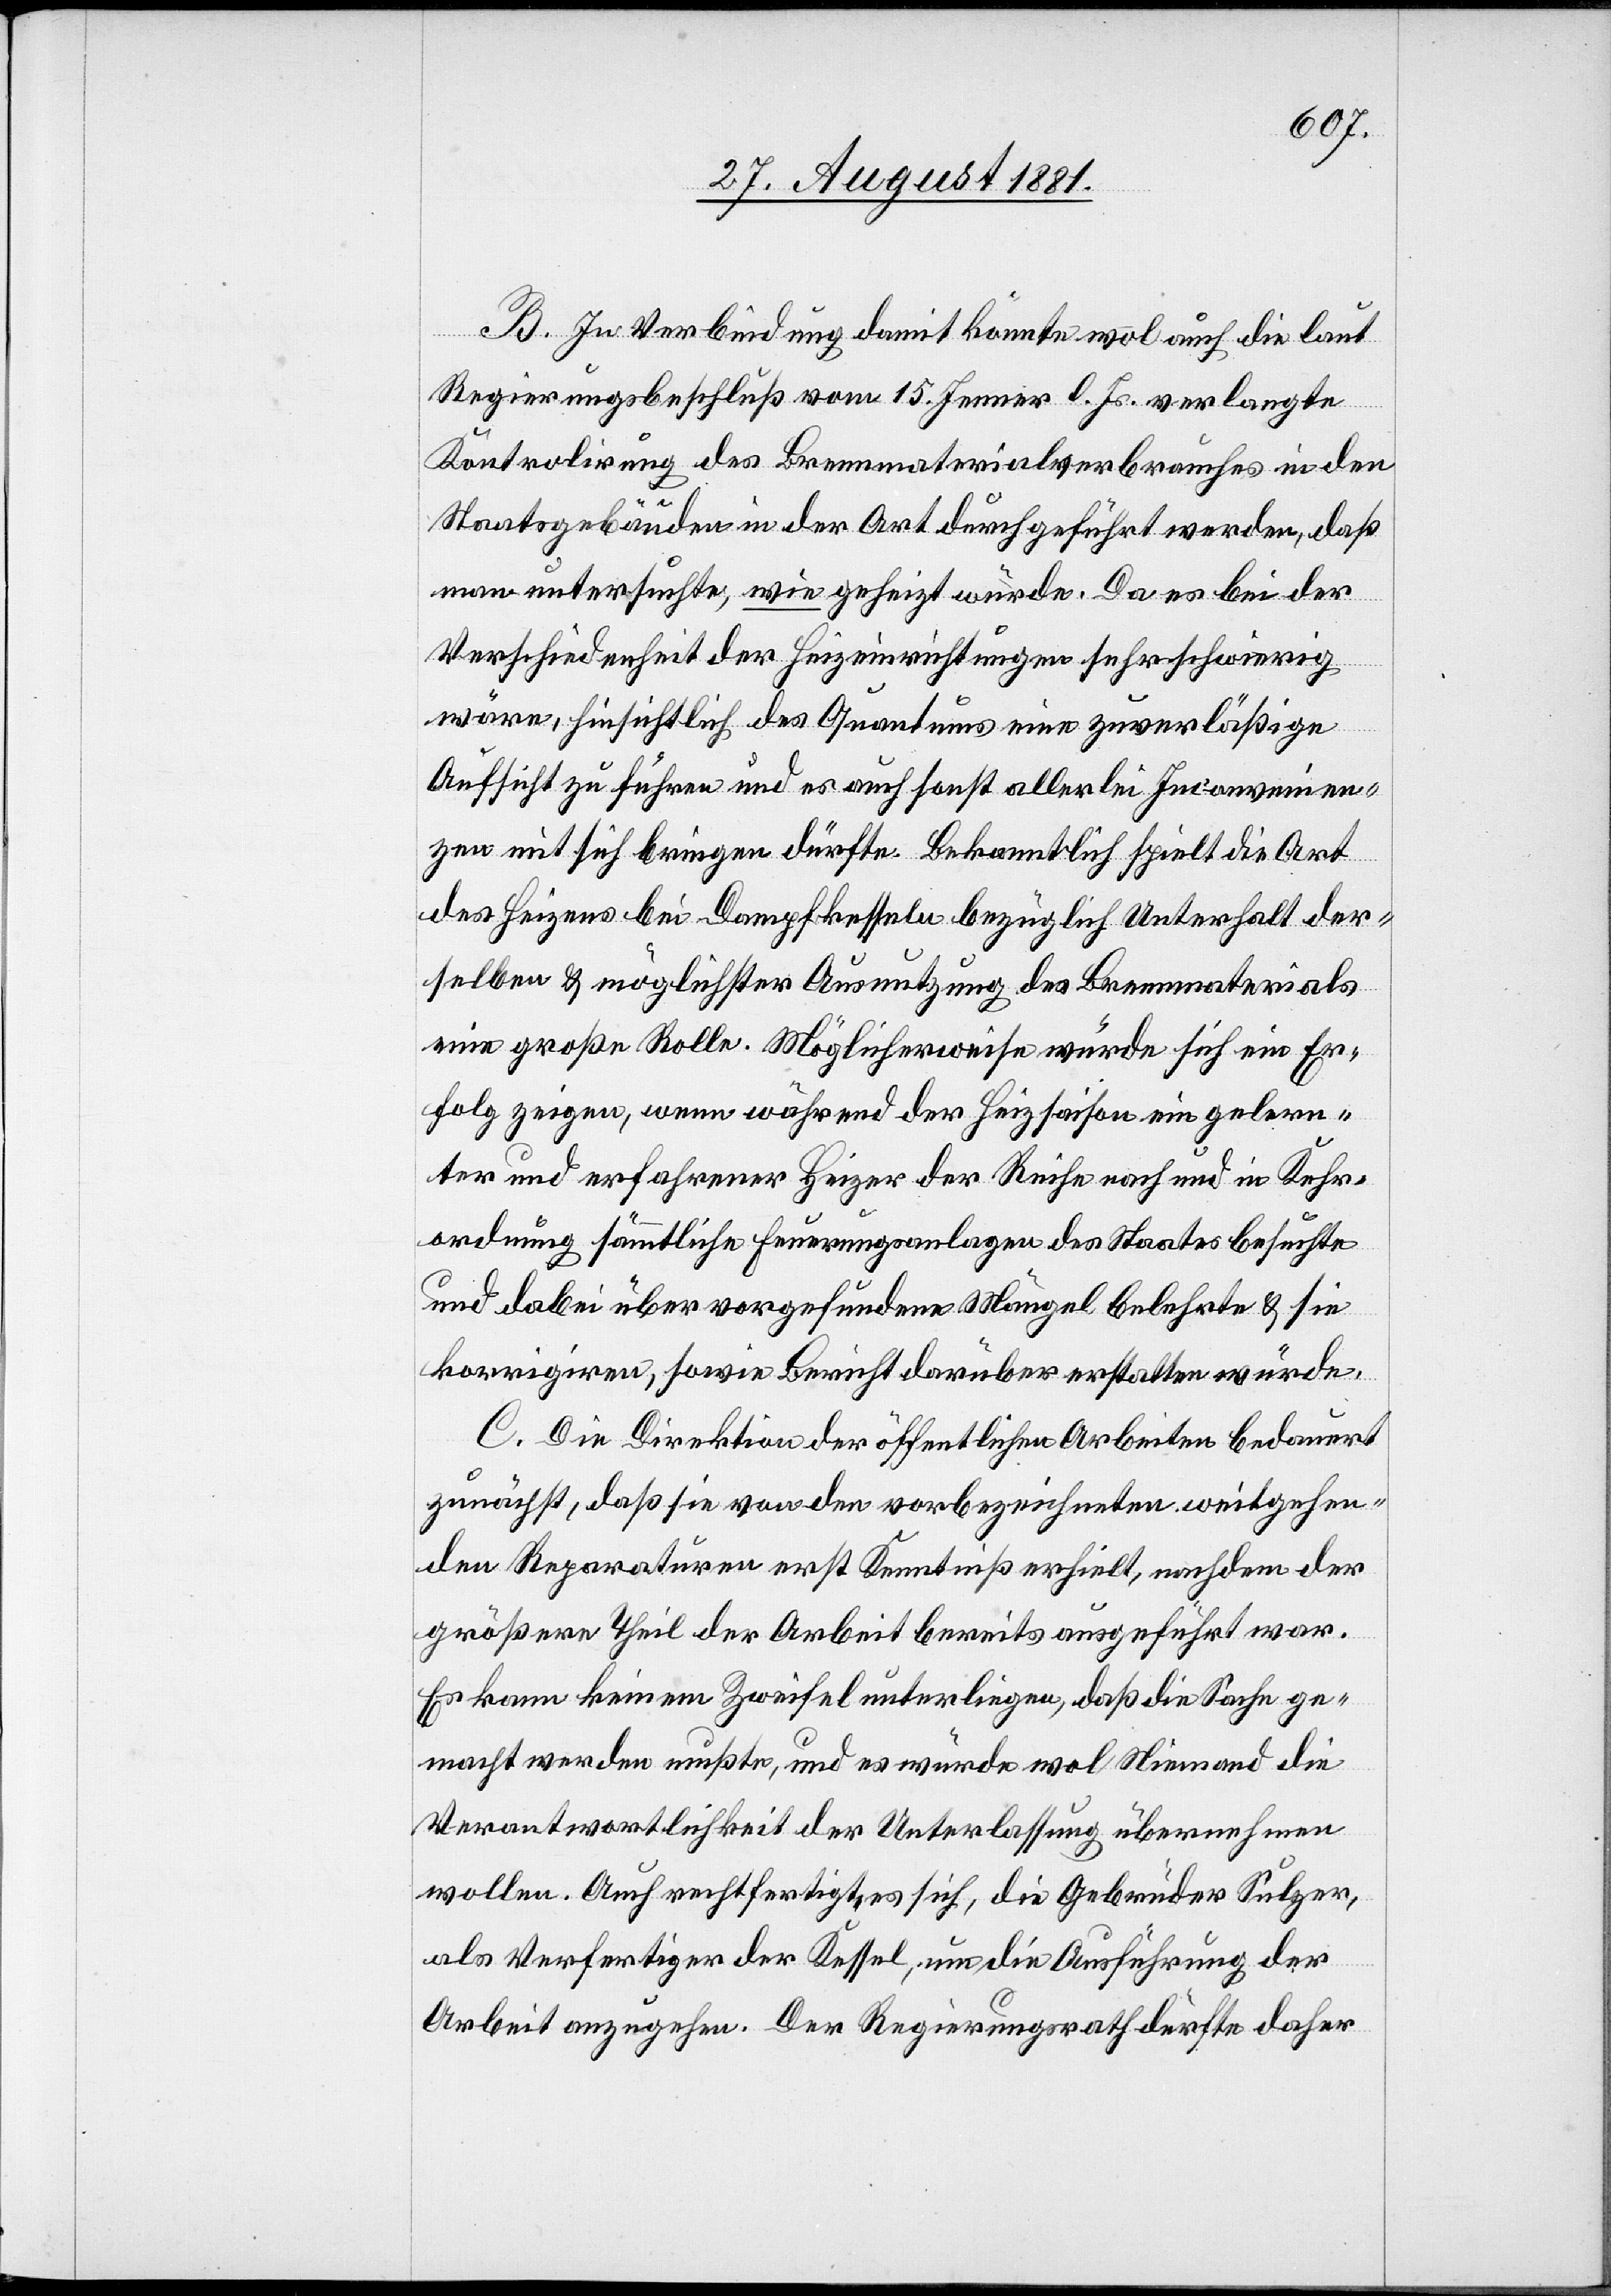
B. In Verbindung damit könnte wol auch die laut
Regierungsbeschluß vom 15. Jenner l. Js. verlangte
Kontrolirung des Brennmaterialverbrauches in den
Staatsgebäuden in der Art durchgeführt werden, daß
man untersuchte, wie geheizt würde. Da es bei der
Verschiedenheit der Heizeinrichtungen sehr schwierig
wäre, hinsichtlich des Quantums eine zuverläßige
Aufsicht zu führen und es auch sonst allerlei Inconvenien¬
zen mit sich bringen dürfte. Bekanntlich spielt die Art
des Heizens bei Dampfkesseln bezüglich Unterhalt der¬
selben & möglichster Ausnutzung des Brennmaterials
eine große Rolle. Möglicherweise würde sich ein Er¬
folg zeigen, wenn während der Heizsaison ein gelern¬
ter und erfahrener Heizer der Reihe nach und in Kehr¬
erdung sämmtliche Feuerungsanlagen des Staates besuchte
und dabei über vorgefundene Mängel belehrte & sie
korrigiren, sowie Bericht darüber erstatten würde.
C. Die Direktion der öffentlichen Arbeiten bedauert
zunächst, daß sie von den vorbezeichneten weitgehen¬
den Reparaturen erst Kenntniß erhielt, nachdem der
größere Theil der Arbeit bereits ausgeführt war.
Es kann keinem Zweifel unterliegen, daß die Sache ge¬
macht werden mußte, und es würde wol Niemand die
Verantwortlichkeit der Unterlassung übernehmen
wollen. Auch rechtfertige es sich, die Gebrüder Sulzer,
als Verfertiger der Kessel, um die Ausführung der
Arbeit anzugehen. Der Regierungsrath dürfte daher